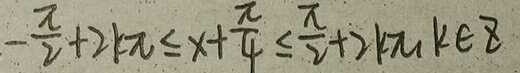
- \frac { \pi } { 2 } + 2 k \pi \leq x + \frac { \pi } { 2 } + 2 k \pi _ { 1 } k \in z